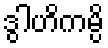
ဒွါဟိကမ္ပိ